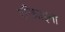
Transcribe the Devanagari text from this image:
एरिथ्राइना